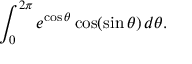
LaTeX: \int _ { 0 } ^ { 2 \pi } e ^ { \cos \theta } \cos ( \sin \theta ) \, d \theta .